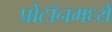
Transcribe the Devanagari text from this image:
प्रोटॉनमध्ये